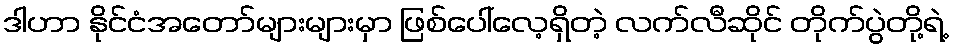
ဒါဟာ နိုင်ငံအတော်များများမှာ ဖြစ်ပေါ်လေ့ရှိတဲ့ လက်လီဆိုင် တိုက်ပွဲတို့ရဲ့